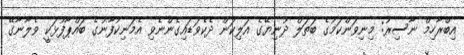
އިބްރާހިމް ނާސިރު: މިނިވަންކަމުގެ ބަތަލް ދުނިޔޭގެ އަލިކަން ދެކެވަޑައިގެންނެވި އެމަނިކުފާނުގެ ބައްޕާފުޅަކީ ވެލާނާގޭ